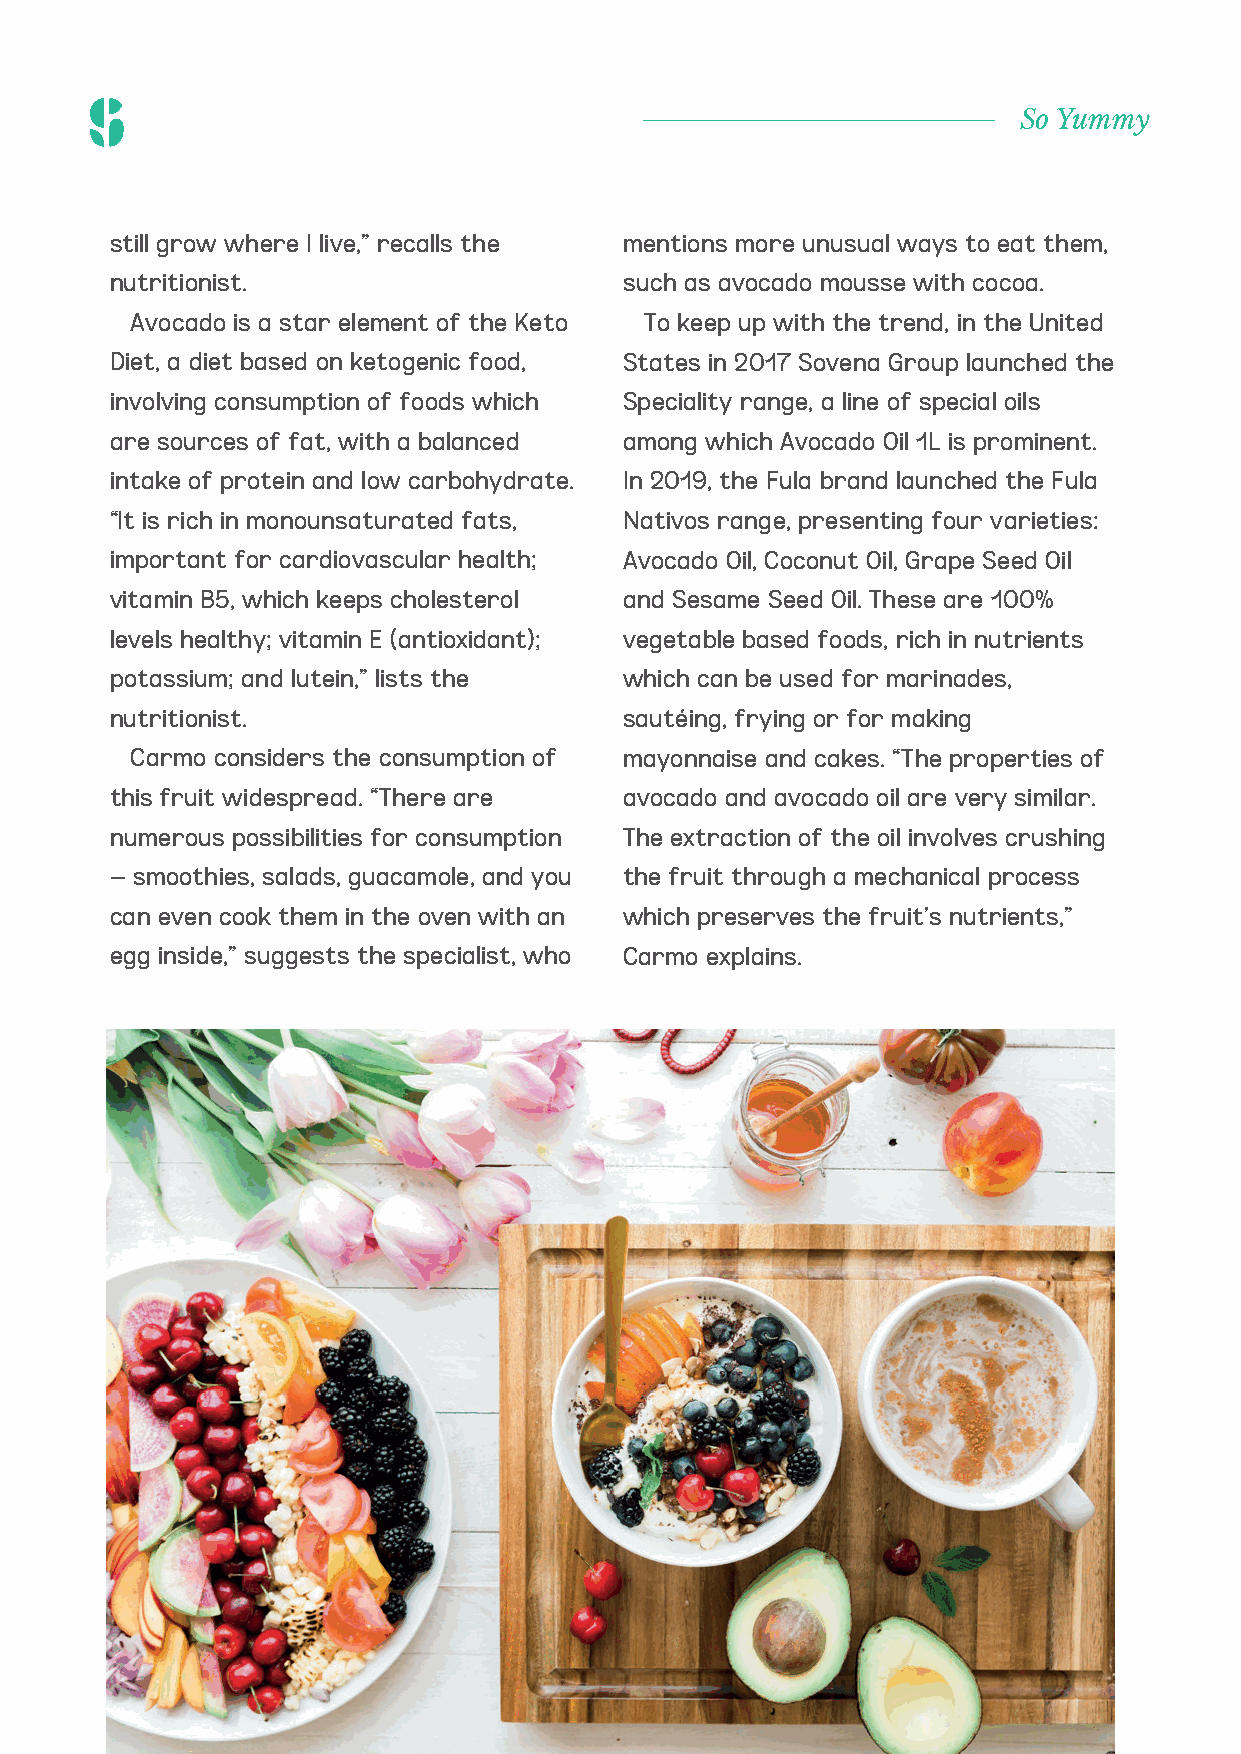
So Yummy
 still grow where I live,” recalls the mentions more unusual ways to eat them,
 nutritionist.                     such as avocado mousse with cocoa.
 Avocado is a star element of the Keto To keep up with the trend, in the United
 Diet, a diet based on ketogenic food, States in 2017 Sovena Group launched the
 involving consumption of foods which Speciality range, a line of special oils
 are sources of fat, with a balanced among which Avocado Oil 1L is prominent.
 intake of protein and low carbohydrate. In 2019, the Fula brand launched the Fula
 “It is rich in monounsaturated fats, Nativos range, presenting four varieties:
 important for cardiovascular health; Avocado Oil, Coconut Oil, Grape Seed Oil
 vitamin B5, which keeps cholesterol and Sesame Seed Oil. These are 100%
 levels healthy; vitamin E (antioxidant); vegetable based foods, rich in nutrients
 potassium; and lutein,” lists the which can be used for marinades,
 nutritionist.                     sautéing, frying or for making
 Carmo considers the consumption of mayonnaise and cakes. “The properties of
 this fruit widespread. “There are avocado and avocado oil are very similar.
 numerous possibilities for consumption The extraction of the oil involves crushing
 – smoothies, salads, guacamole, and you the fruit through a mechanical process
 can even cook them in the oven with an which preserves the fruit’s nutrients,”
 egg inside,” suggests the specialist, who Carmo explains.
 Avocado is among the memories of the
 house where Sovena Group nutritionist
 Carmo Cabral lived years ago. There was
 also a banana tree and a papaya tree,
 grown from fruits brought and planted on
 the land by African families in the 1970s in
 Portugal. “Avocado trees look spectacular,
 they are big trees that take time to grow,
 and bear fruit all year round. Today I no
 longer have them at home, but these trees
 03